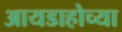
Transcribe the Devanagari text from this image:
आयडाहोच्या